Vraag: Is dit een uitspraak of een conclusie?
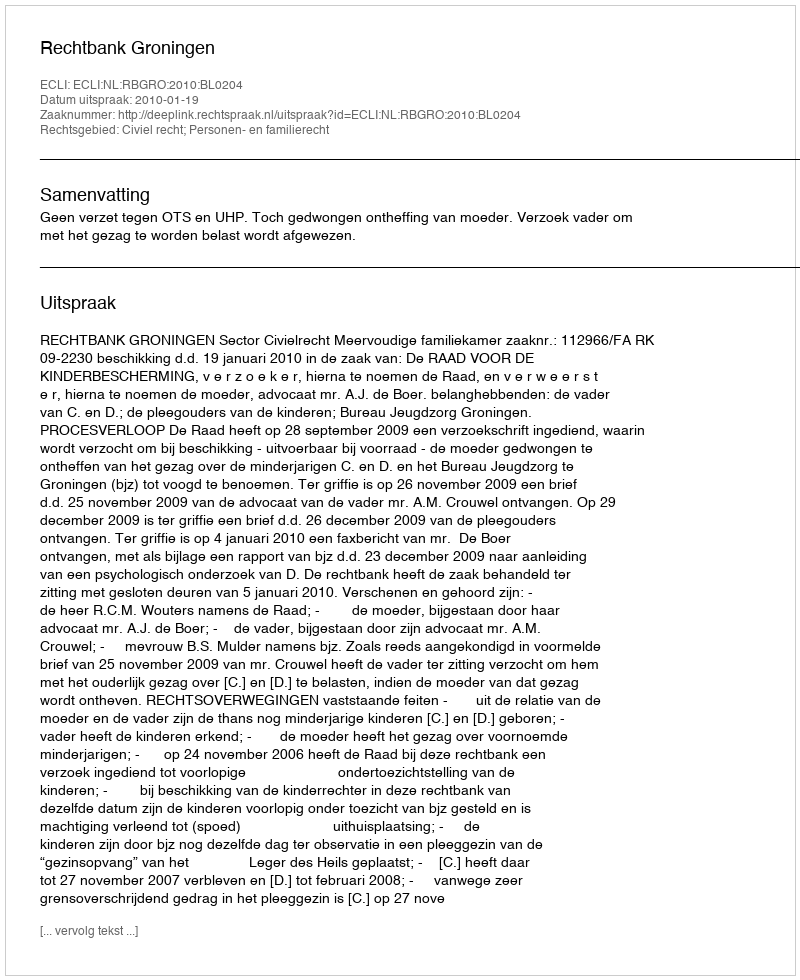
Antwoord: Uitspraak